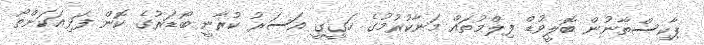
ޕާކިސްތާނުން ބޮލީވުޑް ފިލްމުތައް މަނާކުރުމުގެ ހަގީގީ އަސަރު ކުރާނީ ބޯޑަރުގެ ކޮން ފަޅިއަކަށްތޯ